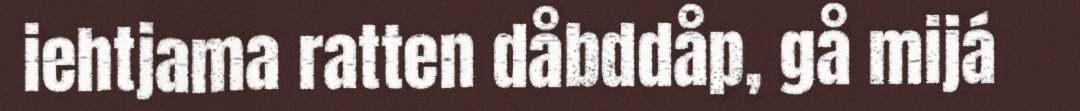
iehtjama ratten dåbddåp, gå mijá